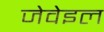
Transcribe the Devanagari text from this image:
जेवेइल